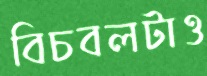
বিচবলটাও